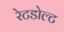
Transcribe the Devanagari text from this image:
रेटडोल्ट